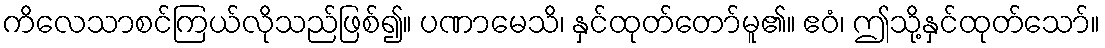
ကိလေသာစင်ကြယ်လိုသည်ဖြစ်၍။ ပဏာမေသိ၊ နှင်ထုတ်တော်မူ၏။ ဧဝံ၊ ဤသို့နှင်ထုတ်သော်။